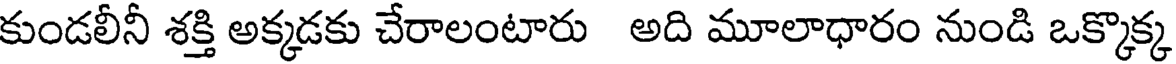
కుండలీనీ శక్తి అక్కడకు చేరాలంటారు అది మూలాధారం నుండి ఒక్కొక్క